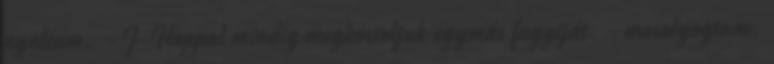
nyaltam. - J-Hoppal mindig megkóstoljuk egymás fagyiját. - mosolyogtam.